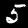
Digit: 5